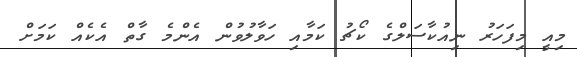
މިއީ މިފަހަރު ނިއުކާސަލްގެ ކޯޗު ކަމާއި ހަވާލުވުން އެންމެ ގާތް އެކެއް ކަމަށް